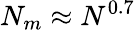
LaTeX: N_{m}\approx N^{0.7}